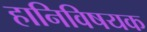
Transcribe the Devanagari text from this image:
हानिविषयक